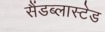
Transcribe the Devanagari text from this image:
सैंडब्लास्टेड